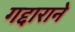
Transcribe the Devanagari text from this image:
गद्दाराने